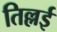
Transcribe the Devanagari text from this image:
तिल्लई